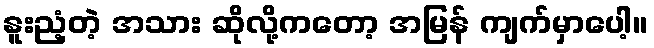
နူးညံ့တဲ့ အသား ဆိုလို့ကတော့ အမြန် ကျက်မှာပေါ့။